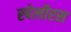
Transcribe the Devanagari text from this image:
स्पेलीरस